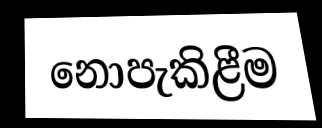
නොපැකිළීම